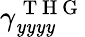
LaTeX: \gamma_{\mathit{y}\mathit{y}\mathit{y}\mathit{y}}^{\mathrm{{~T~H~G~}}}